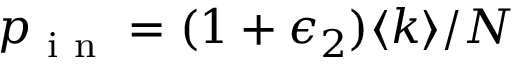
p _ { \mathrm { ~ i ~ n ~ } } = ( 1 + \epsilon _ { 2 } ) \langle k \rangle / N